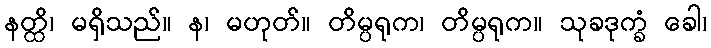
နတ္ထိ၊ မရှိသည်။ န၊ မဟုတ်။ တိမ္ပရုက၊ တိမ္ပရုက။ သုခဒုက္ခံ ခေါ၊